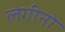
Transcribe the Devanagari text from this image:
लेगीनो